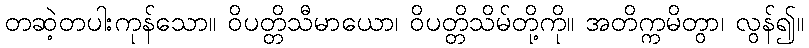
တဆဲ့တပါးကုန်သော။ ဝိပတ္တိသီမာယော၊ ဝိပတ္တိသိမ်တို့ကို။ အတိက္ကမိတွာ၊ လွန်၍။